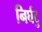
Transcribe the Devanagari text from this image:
निर्घटु